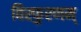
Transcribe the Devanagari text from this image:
विस्फुरणम्